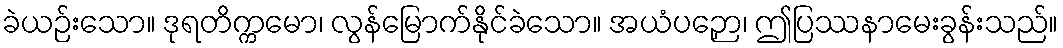
ခဲယဉ်းသော။ ဒုရတိက္ကမော၊ လွန်မြောက်နိုင်ခဲသော။ အယံပဉှော၊ ဤပြဿနာမေးခွန်းသည်။